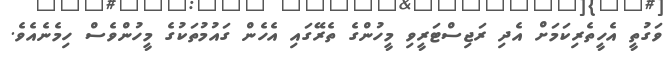
ވަގުތީ އެހީތެރިކަމަށް އެދި ރަޖިސްޓަރީވި މީހުންގެ ތެރޭގައި އެހެން ގައުމުތަކުގެ މީހުންވެސް ހިމެނެއެވެ.